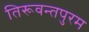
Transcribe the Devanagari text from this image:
तिरूवन्तपुरम